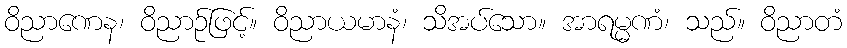
ဝိညာဏေန၊ ဝိညာဉ်ဖြင့်။ ဝိညာယမာနံ၊ သိအပ်သော။ အာရမ္မဏံ၊ သည်။ ဝိညာတံ